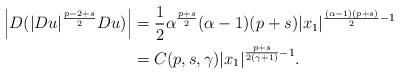
LaTeX: \begin{align*} \left|D(|Du|^{\frac{p-2+s}2}Du)\right|&=\frac{1}{2}\alpha^{\frac{p+s}{2}}(\alpha-1)(p+s)|x_1|^{\frac{(\alpha-1)(p+s)}{2}-1}\\&=C(p,s,\gamma)|x_1|^{\frac{ p+s }{2(\gamma+1)}-1}.\end{align*}